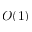
O ( 1 )